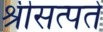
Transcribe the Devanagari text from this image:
श्रीसत्पते